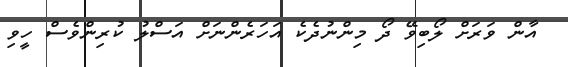
އާން ވަރަށް ލޯބިވޭ ދޯ މިންނުދެކެ އަހަރެންނަށް އަސްލު ކުރިންވެސް ހީވި